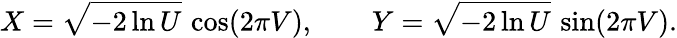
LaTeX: X={\sqrt{-2\ln U}}\, \cos(2\pi V),\qquad Y={\sqrt{-2\ln U}}\, \sin(2\pi V).